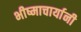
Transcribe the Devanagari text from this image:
भीष्माचार्यानी